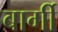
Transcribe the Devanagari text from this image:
बार्गी